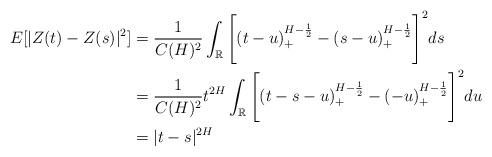
LaTeX: \begin{align*}E[|Z(t) - Z(s)|^2] & = \frac{1}{C(H)^2} \int_{\mathbb{R}} \Bigg[(t - u)^{H - \frac{1}{2}}_+ - (s-u)^{H- \frac{1}{2}}_+ \Bigg]^2 ds\\& = \frac{1}{C(H)^2} t^{2H}\int_{\mathbb{R}} \Bigg[(t-s-u)^{H - \frac{1}{2}}_+ - (-u)^{H- \frac{1}{2}}_+ \Bigg]^2 du\\&= |t-s|^{2H} \end{align*}